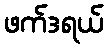
ဖက်ဒရယ်